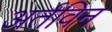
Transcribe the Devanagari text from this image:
अर्तविन